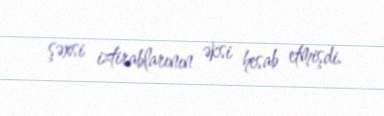
şəxsi iztirablarının əksi hesab etmişdi.